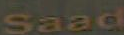
Saad